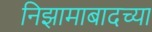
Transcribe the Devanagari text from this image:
निझामाबादच्या